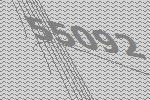
55092